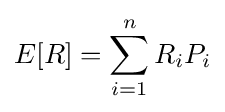
E[R]=\sum _{i=1}^{n}R_{i}P_{i}